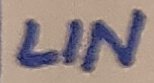
Text: LIN